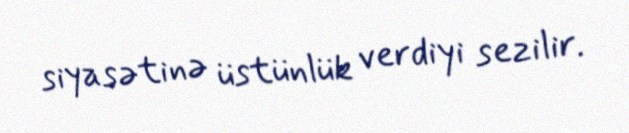
siyasətinə üstünlük verdiyi sezilir.